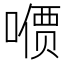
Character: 𪢋